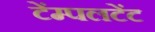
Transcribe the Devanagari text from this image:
टेंम्पलटेंट